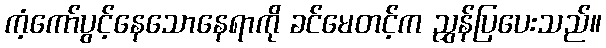
ကံ့ကော်ပွင့်နေသောနေရာကို ခင်မေတင့်က ညွှန်ပြပေးသည်။